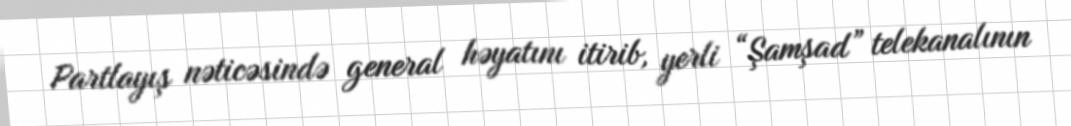
Partlayış nəticəsində general həyatını itirib, yerli “Şamşad” telekanalının